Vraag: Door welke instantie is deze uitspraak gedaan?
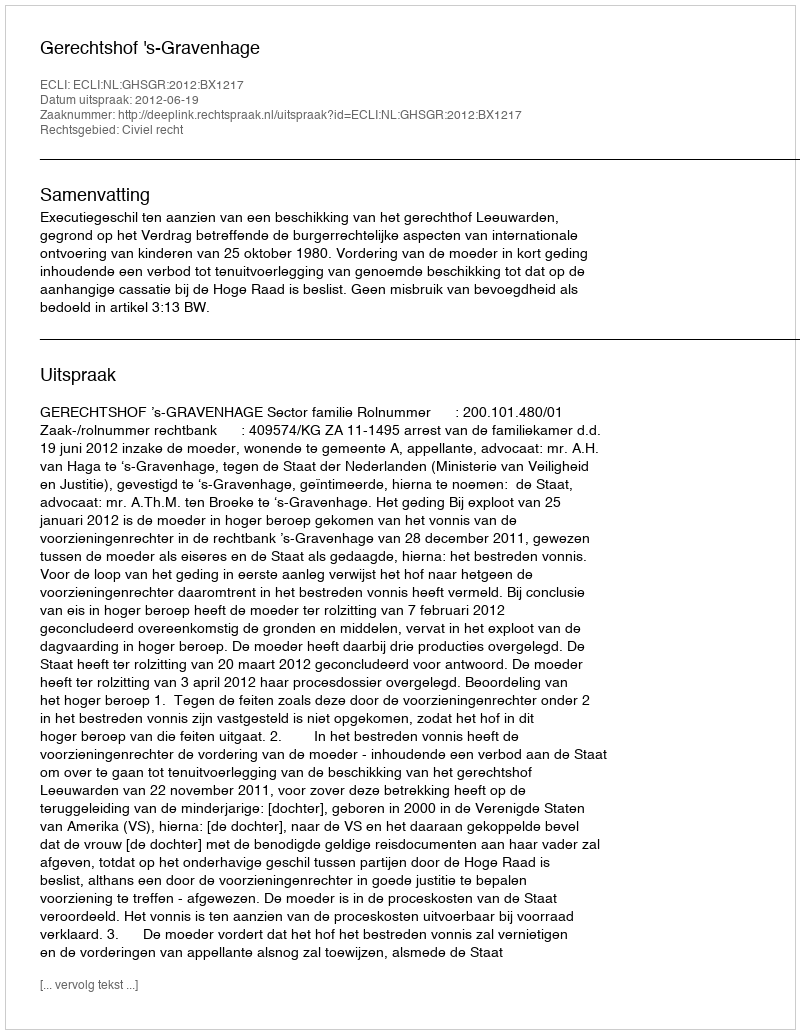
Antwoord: Gerechtshof 's-Gravenhage